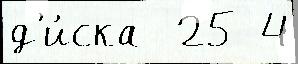
д'и́ска  25 4